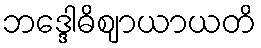
ဘဒ္ဒေါဓိဈာယာယတိ